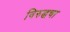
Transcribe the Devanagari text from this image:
विरुद्धचा